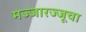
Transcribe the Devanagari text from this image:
मज्जारज्जूचा